Vao_vallavalitsus, lk 7
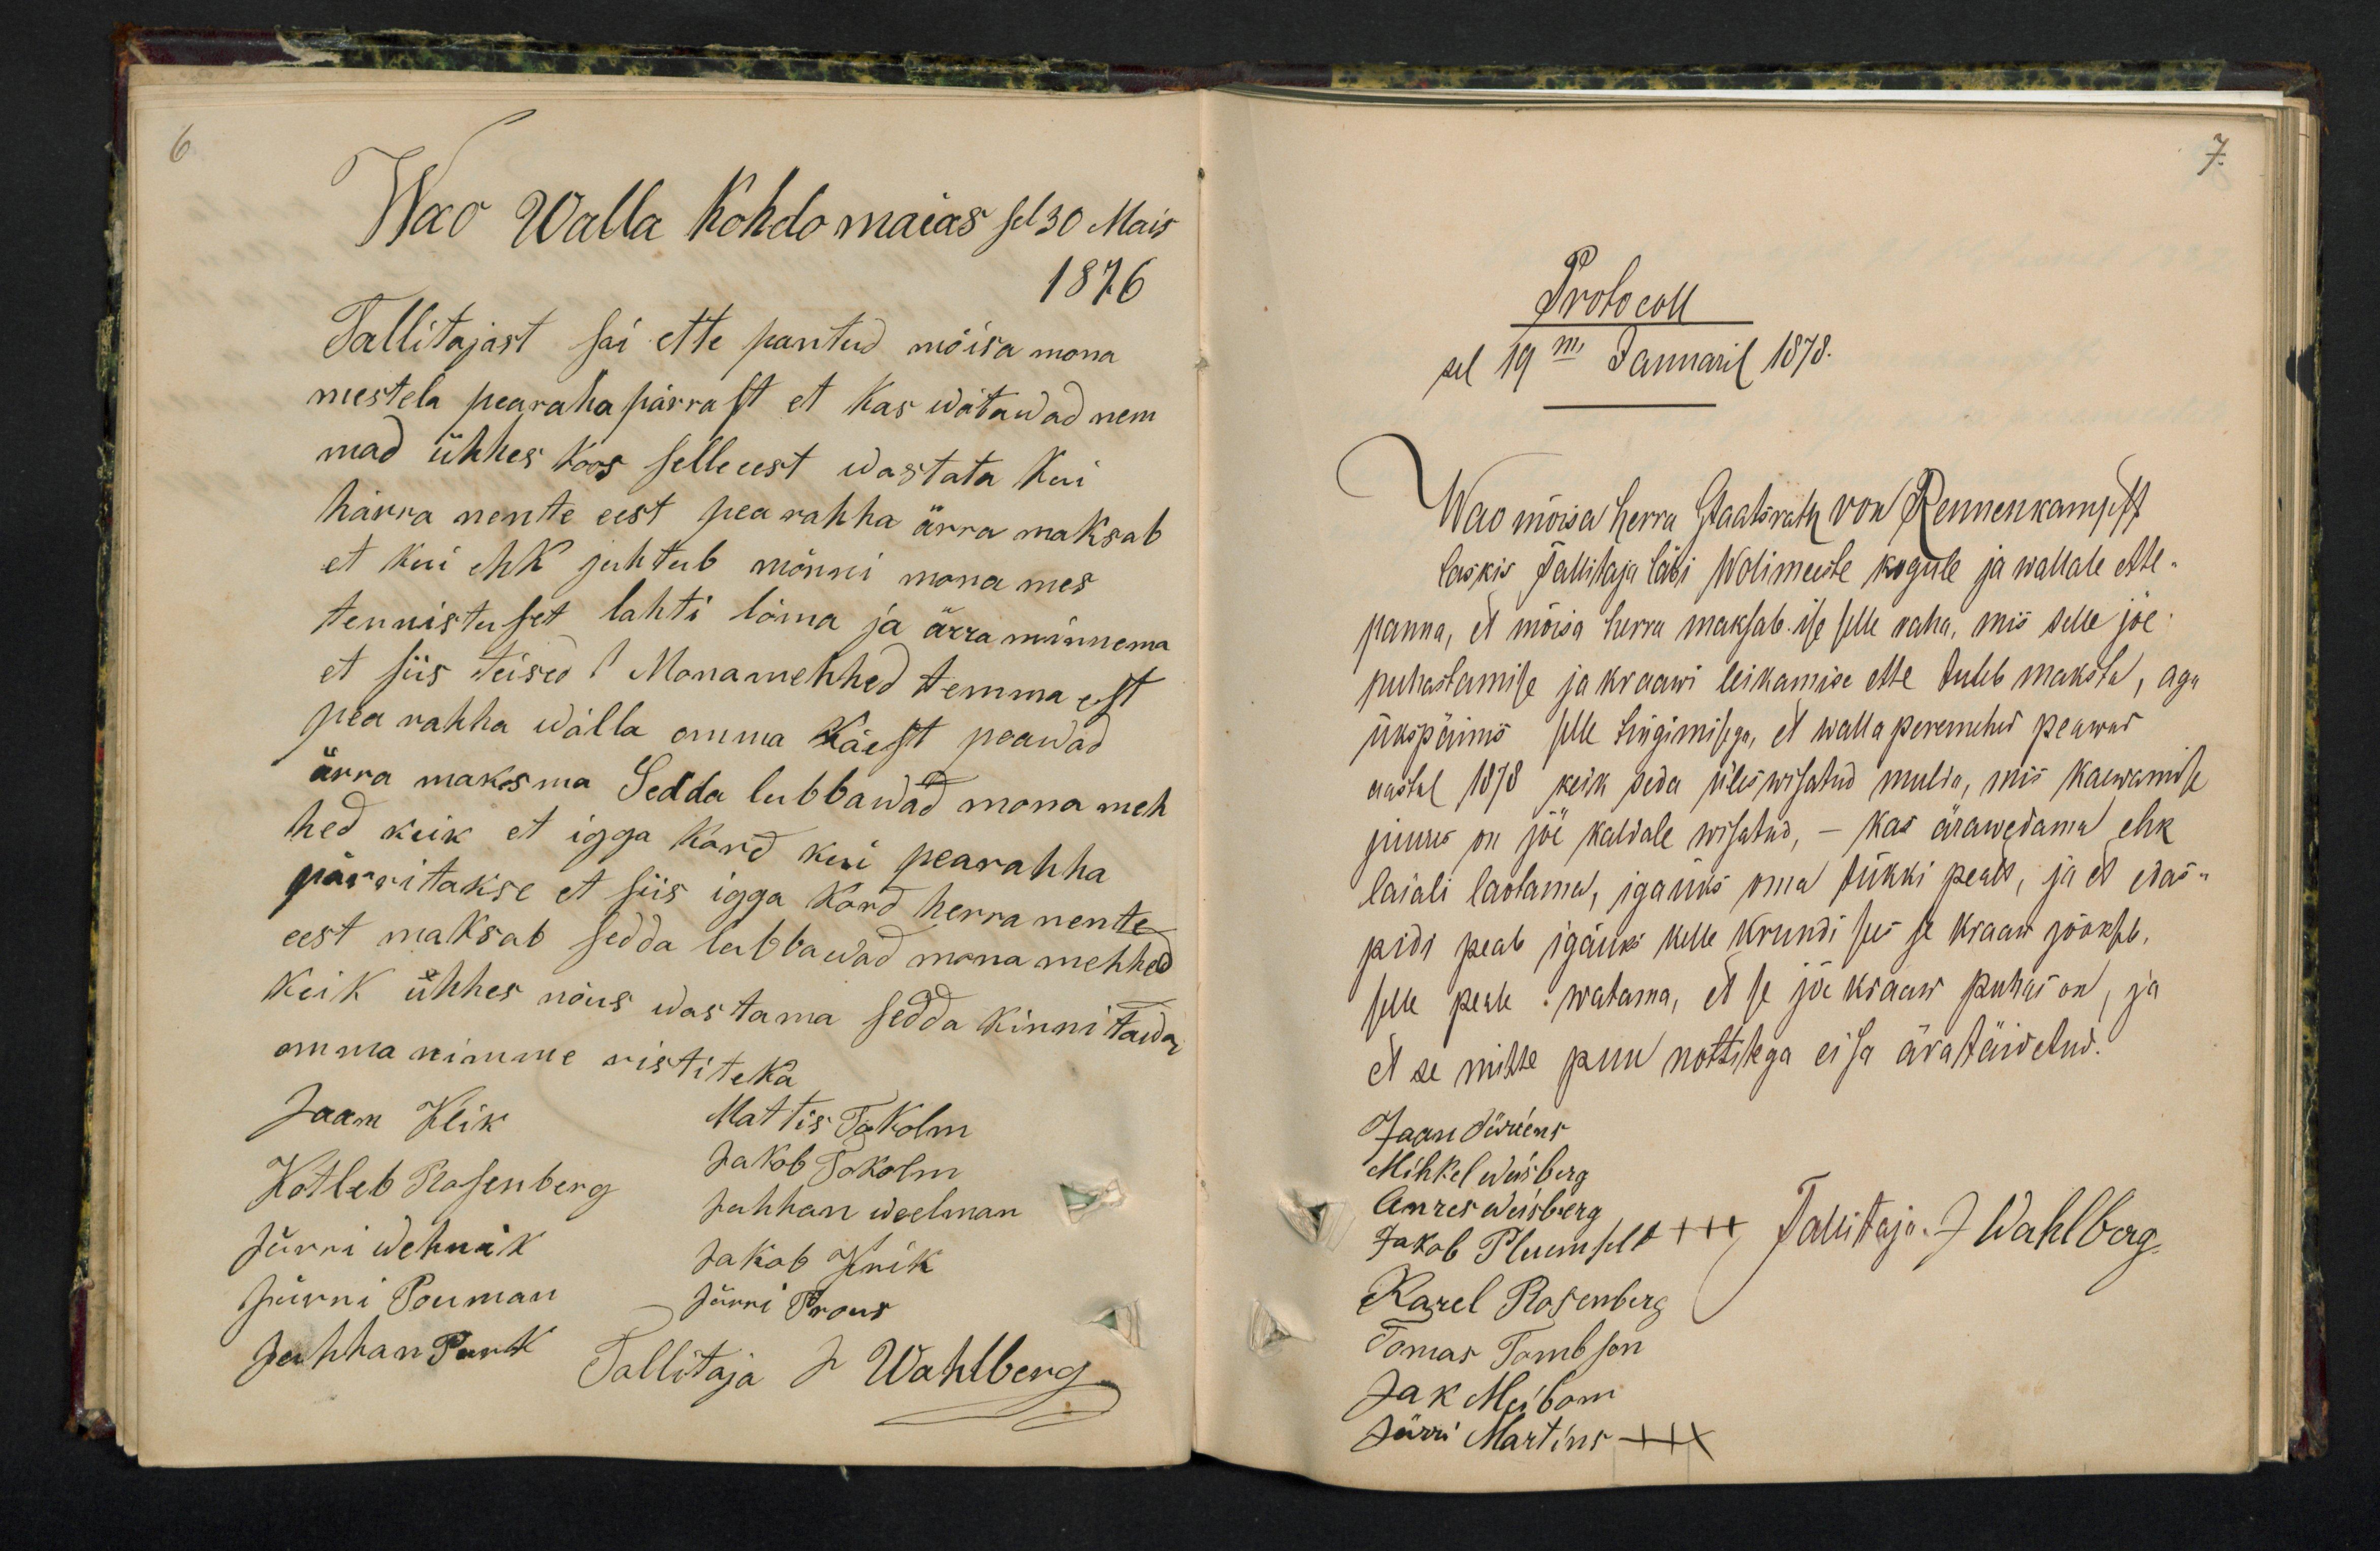
7.

6.
Wao Walla Kohdomaias sel 30 Mais
1876
Tallitajast sai ette pantud möisa mona
mestela pearaha pärrast et kas wötawad nem
mad ühhes koos selle eest wastata kui
härra nente eest pea rahha ärra maksab
et kui ehk juhtub mõnni mona mes
tennistuset lahti löma ja ärra minnema
et siis teised Monamehhed temma est
pea rahha walla omma käest peawad
ärra maksma Sedda lubbawad mona meh-
hed keik et igga kord kui pearahha
pärritakse et siis igga Kord herra nente
eest maksab sedda lubbawad mona mehhed
keik ühhes nöus wastama sedda kinnitawad
omma nimme ristiteka
Jaan Klik
Mattis Tokolm
Kotleb Rosenberg
Jakob Tokolm
Juhhan Weelman
Jürri Wehnik
Jakob Knik
Jürni Pauman
Jürri Prous
Juhhan Park
Tallitaja J Wahlberg

Protocoll
sel 19m Januaril 1878.
Wao mõisa herra Staatsrath von Rennenkampff
laskis Tallitaja läbi Wolimeeste kogule ja wallale ette-
panna, et mõisa herra maksab ise selle raha, mis selle jõe
puhastamise ja kraawi leikamise ette tuleb maksta, aga
ükspäinis selle tingimisega, et walla peremehed peawad
aastal 1878 keik seda üles wisatud mulda, mis kaewamise
juures on jõe kaldale wisatud, - kas ärawedama ehk
laiali laotama, igaüks oma tükki pealt, ja et edas-
pidi peab igaüks kelle krundi see se kraaw jookseb.
selle peale watama, et se jõe kraaw puhas on, ja
et se mitte puu nottitega ei sa äratäidetud.
Jaan Jürjens.
Mihkel Weisberg
Anres Weisberg
Jakob Plumfelt +++ Tallitaja J Wahlberg.
Karel Rosenberg
Tomas Tambson
Jak Meibom
Jürri Martins XXX